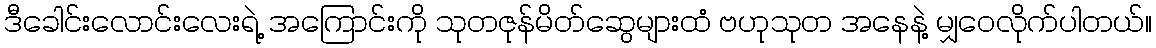
ဒီခေါင်းလောင်းလေးရဲ့ အကြောင်းကို သုတဇုန်မိတ်ဆွေများထံ ဗဟုသုတ အနေနဲ့ မျှဝေလိုက်ပါတယ်။